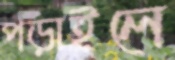
পড়াইলে